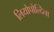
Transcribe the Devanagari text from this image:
लियोपोल्दिना